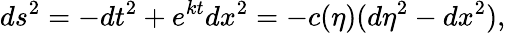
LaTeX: ds^{2}=-dt^{2}+e^{kt}dx^{2}=-c(\eta)(d\eta^{2}-dx^{2}),